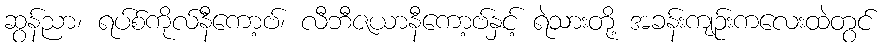
ဆွန်ညာ၊ ရပ်စ်ကိုလ်နီကော့ဗ်၊ လီဘီဇယာနီကော့ဗ်နှင့် ရဲသားတို့ အခန်းကျဉ်းကလေးထဲတွင်